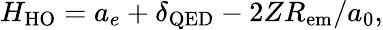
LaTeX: H_{\mathrm{HO}}=a_{e}+\delta_{\mathrm{QED}}-2ZR_{\mathrm{em}}/a_{0},